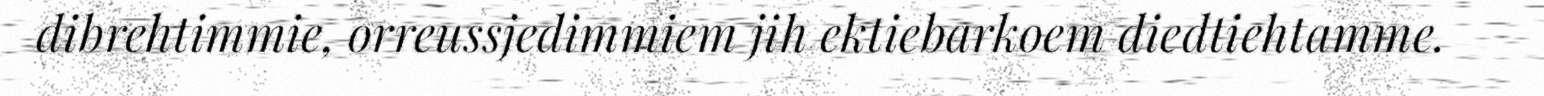
dibrehtimmie, orreussjedimmiem jih ektiebarkoem diedtiehtamme.